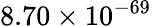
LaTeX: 8.70\times 10^{-69}